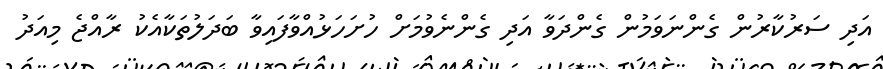
އަދި ސަރުކާރުން ގެންނަވަމުން ގެންދަވާ އަދި ގެންނެވުމަށް ހުށަހަޅުއްވާފައިވާ ބަދަލުތަކާއެކު ރާއްޖެ މިއަދު